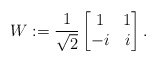
\begin{align*} W := \frac{1}{\sqrt{2}} \begin{bmatrix} 1 & 1 \\ -i & i \end{bmatrix}. \end{align*}